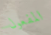
المفعول